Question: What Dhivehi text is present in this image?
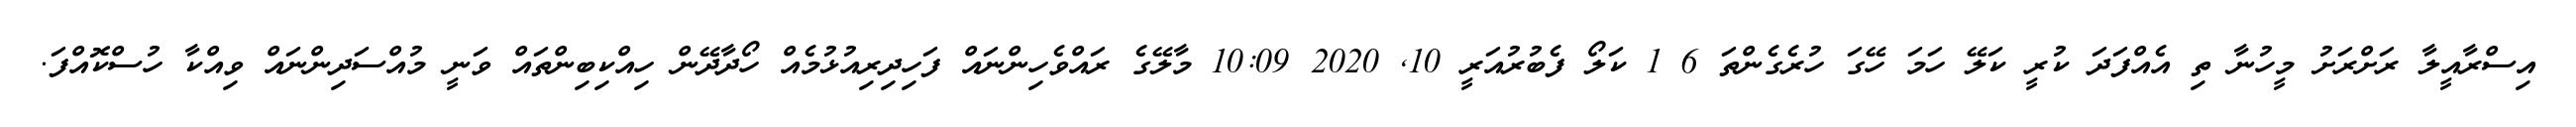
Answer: އިސްރާއީލާ ރަށްރަށު މީހުނާ ތި އެއްފަދަ ކުރީ ކަލޭ ހަމަ ހޭގަ ހުރެގެންތަ 6 1 ކަލޯ ފެބުރުއަރީ 10, 2020 10:09 މާލޭގެ ރައްވެހިންނައް ފަހިދިރިއުޅުމެއް ހޯދާދޭން ހިއްކިބިންތައް ވަނީ މުއްސަދިންނައް ވިއްކާ ހުސްކޮއްފަ.